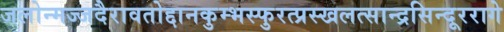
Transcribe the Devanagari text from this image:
जलोन्मज्जदैरावतोद्दानकुम्भस्फुरत्प्रस्खलत्सान्द्रसिन्दूररागे